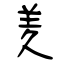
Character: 羑